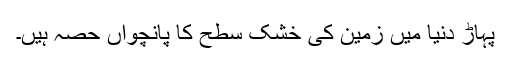
پہاڑ دنیا میں زمین کی خشک سطح کا پانچواں حصہ ہیں۔